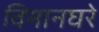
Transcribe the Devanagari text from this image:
विमानघरे